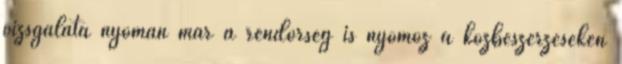
vizsgálata nyomán már a rendőrség is nyomoz a közbeszerzéseken